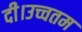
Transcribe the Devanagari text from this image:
दी।उच्चतम